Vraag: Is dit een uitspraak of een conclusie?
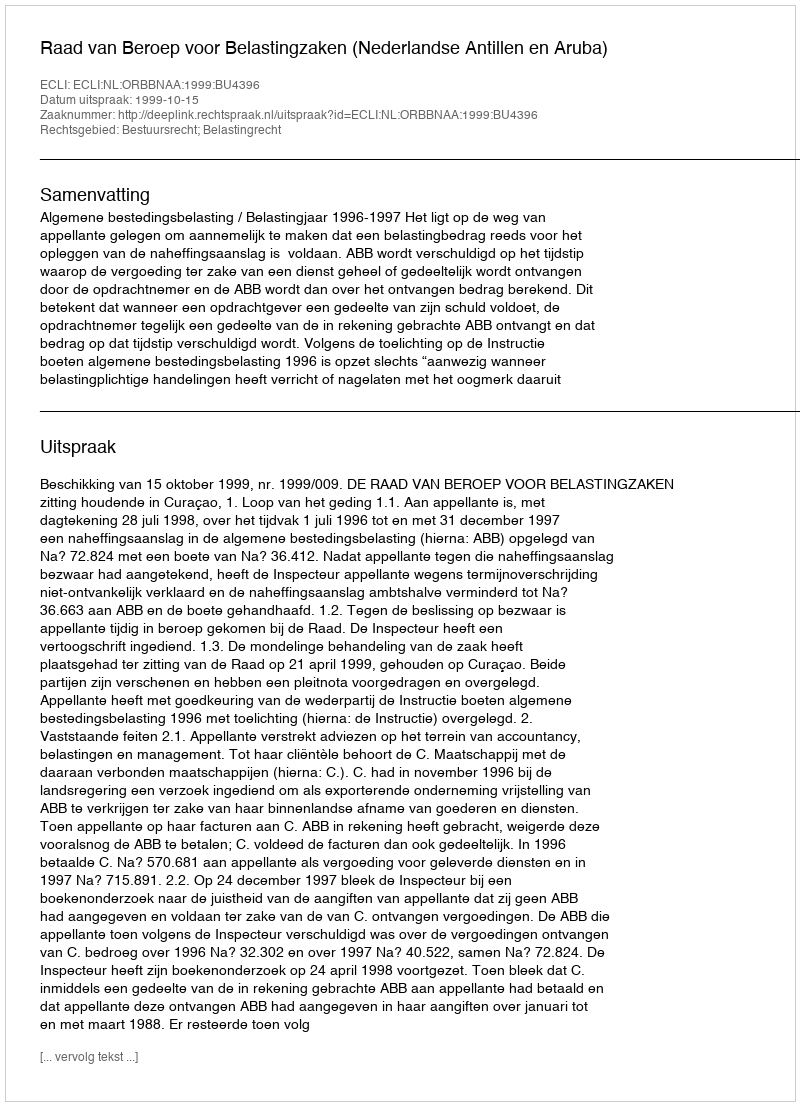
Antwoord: Uitspraak